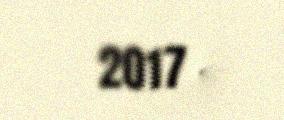
2017 -